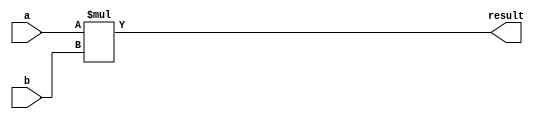
module signed_multiplier (
    input signed [31:0] a,
    input signed [31:0] b,
    output signed [63:0] result
);

reg signed [63:0] product;

always @* begin
    product = a * b;
end

assign result = product;

endmodule